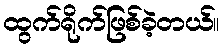
ထွက်ရိုက်ဖြစ်ခဲ့တယ်။